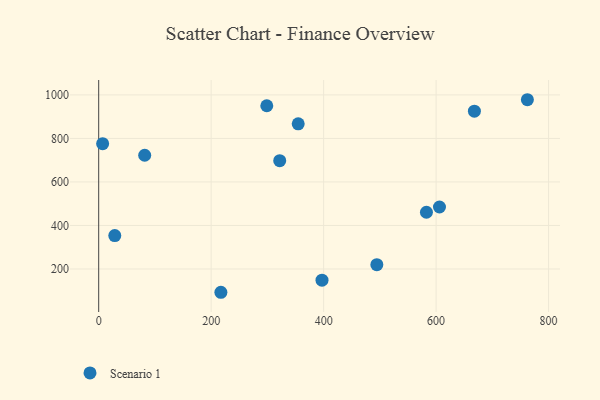
{"axis": {"x": "Engine Size", "y": "Demand"}, "legend": ["Scenario 1"], "data": [{"x": "321.9", "y": 697.6, "type": "Scenario 1"}, {"x": "298.9", "y": 950.3, "type": "Scenario 1"}, {"x": "7.0", "y": 775.8, "type": "Scenario 1"}, {"x": "762.3", "y": 977.9, "type": "Scenario 1"}, {"x": "81.8", "y": 722.6, "type": "Scenario 1"}, {"x": "494.6", "y": 219.6, "type": "Scenario 1"}, {"x": "28.6", "y": 353.3, "type": "Scenario 1"}, {"x": "606.0", "y": 484.9, "type": "Scenario 1"}, {"x": "354.8", "y": 867.0, "type": "Scenario 1"}, {"x": "397.1", "y": 148.4, "type": "Scenario 1"}, {"x": "668.1", "y": 925.5, "type": "Scenario 1"}, {"x": "582.8", "y": 460.7, "type": "Scenario 1"}, {"x": "217.3", "y": 92.9, "type": "Scenario 1"}]}